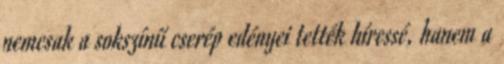
nemcsak a sokszínű cserép edényei tették híressé, hanem a